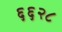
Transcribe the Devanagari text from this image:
६६२८